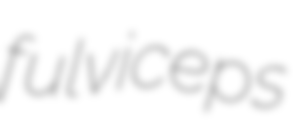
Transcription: fulviceps